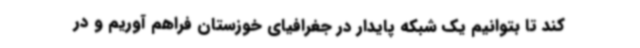
کند تا بتوانیم یک شبکه پایدار در جغرافیای خوزستان فراهم آوریم و در